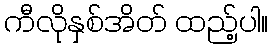
ကီလိုနှစ်အိတ် ထည့်ပါ။